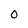
Character: O